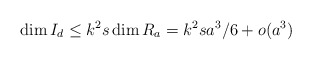
\begin{align*}\dim I_d\leq k^2s \dim R_a = k^2s a^3/6 + o(a^3)\end{align*}